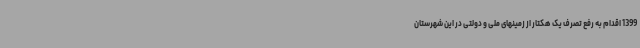
1399 اقدام به رفع تصرف یک هکتار از زمینهای ملی و دولتی در این شهرستان